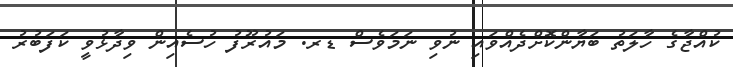
ކުއްޖާގެ ހާލަތު ބަޔާންކޮށްދެއްވައި ނުވި ނަމަވެސް ޑރ. މައުރޫފު ހުސެއިން ވިދާޅުވީ ކަފަބުރު